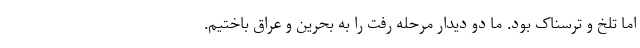
اما تلخ و ترسناک بود. ما دو دیدار مرحله رفت را به بحرین و عراق باختیم.